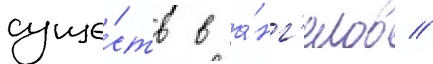
суще́ств в а́нг'елов //